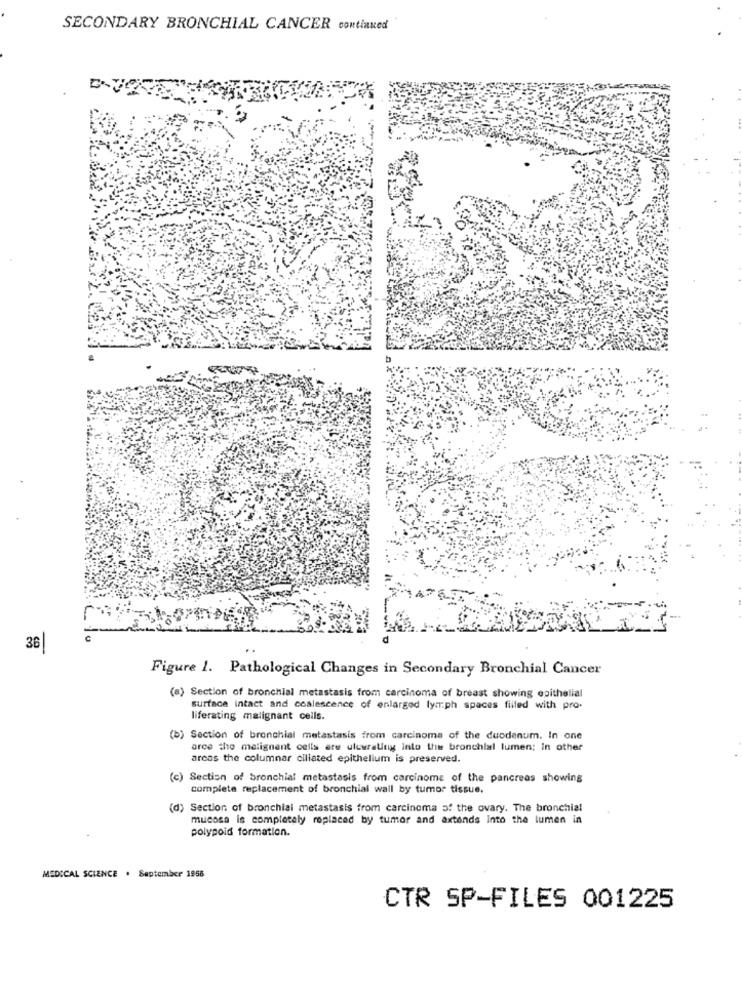
SECONDARY BRONCHIAL CANCER continued"
36
Figure 1. Pathological Changes in Secondary Bronchial Cancer
(a) Section of bronchial metastasis from carcinoma of breast showing epithelial
surface intact and coalescence of enlarged lymph spaces filled with pro-
liferating malignant cells.
(b) Section of bronchial metastasis from carcinoma of the duodenum. In one
arce the malignant cells are uluwralitig into the bronchial lumen; in other
arcas the columnar ciliated epithelium is preserved.
(c) Section of bronchial metastasis from carcinome of the pancreas showing
complete replacement of bronchial wall by tumor tissue.
(d) Section of bronchial metastasis from carcinoma of the ovary. The bronchial
mucosa is completely replaced by tumor and axtends into the lumen in
polypoid formation.
MEDICAL SCIENCE . September 1958
CTR SP-FILES 001225